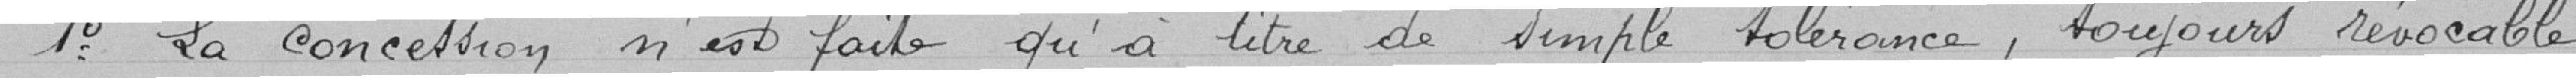
1°: la concession n'est faite qu'à titre de simple tolérance, toujours révocable